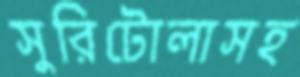
সুরিটোলাসহ